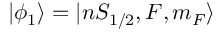
| \phi _ { 1 } \rangle = | n S _ { 1 / 2 } , F , m _ { F } \rangle